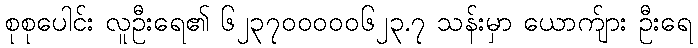
စုစုပေါင်း လူဦးရေ၏ ၆၂၃၇၀၀၀၀၀၆၂၃.၇ သန်းမှာ ယောက်ျား ဦးရေ